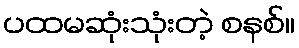
ပထမဆုံးသုံးတဲ့ စနစ်။